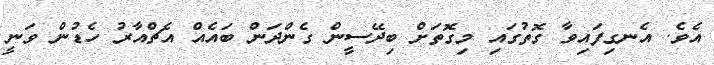
އެވެ. އެނގިފައިވާ ގޮތުގައި މިގޮތަށް ބިދޭސީން ގެންދަން ބައެއް އެޗްއާރު ހެޑުން ވަނީ